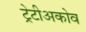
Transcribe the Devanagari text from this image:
ट्रेटीअकोव